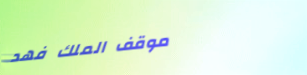
موقف الملك فهد